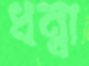
ধন্বা